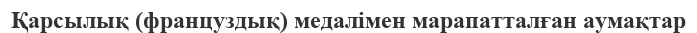
Қарсылық (француздық) медалімен марапатталған аумақтар